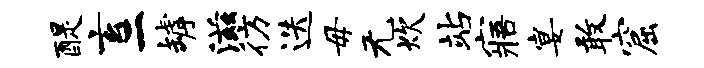
醍玄二罅滋彷迭毋无炊站寤宴敢窟